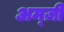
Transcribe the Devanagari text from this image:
अम्ज़ी